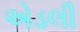
એડલી